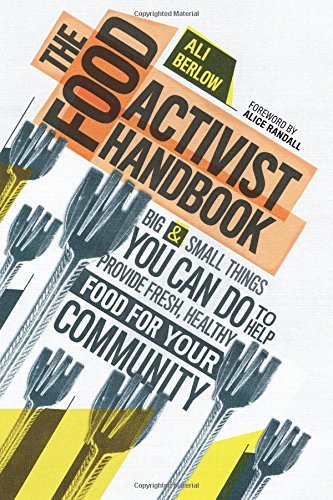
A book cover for The Food Activist Handbook: Big & Small Things You Can Do to Help Provide Fresh, Healthy Food for Your Community; Ali Berlow; Science & Math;